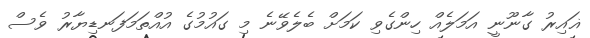
ޣައިރު ގާނޫނީ އަމަލެއް ހިންގެވި ކަމަށް ބެލެވޭނެ މި ގައުމުގެ އުއްތަމަފަނޑިޔާރު ވެސް